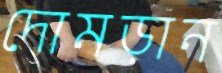
দোমড়ান